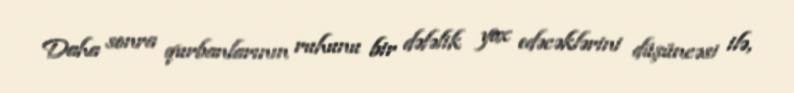
Daha sonra qurbanlarının ruhunu bir dəfəlik yox edəcəklərini düşüncəsi ilə,